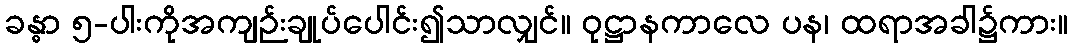
ခန္ဓာ ၅-ပါးကိုအကျဉ်းချုပ်ပေါင်း၍သာလျှင်။ ဝုဋ္ဌာနကာလေ ပန၊ ထရာအခါ၌ကား။